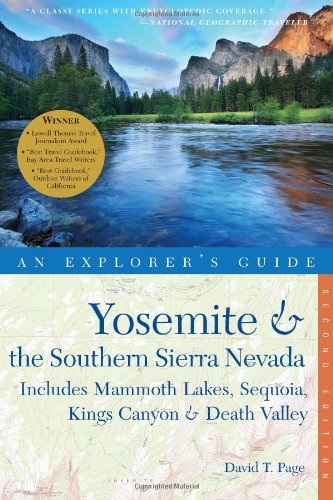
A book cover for Yosemite & the Southern Sierra Nevada: Includes Mammoth Lakes, Sequoia, Kings Canyon & Death Valley - A Great Destination (Explorer's Guides); David T. Page; Travel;